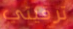
ترقيتي